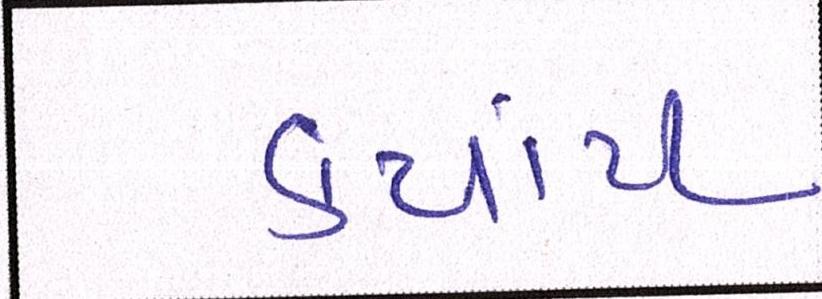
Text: કયાંય